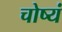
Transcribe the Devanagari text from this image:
चोष्यं